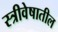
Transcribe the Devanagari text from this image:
स्त्रीवेषातील